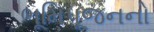
ભૂમિપૂજનનો